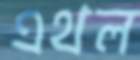
এথল